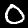
Label: 0